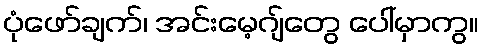
ပုံဖော်ချက်၊ အင်းမေ့ဂျ်တွေ ပေါ်မှာကွ။